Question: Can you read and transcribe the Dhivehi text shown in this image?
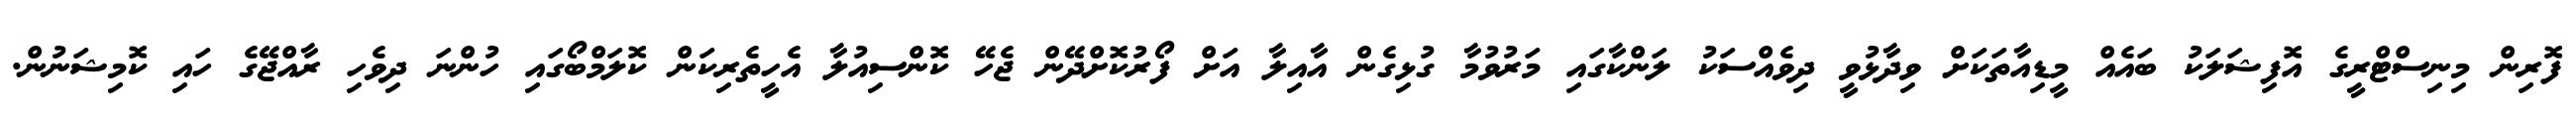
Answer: ފޮރިން މިނިސްޓްރީގެ އޮފިޝަލަކު ބައެއް މީޑިއާތަކަށް ވިދާޅުވީ ދިވެއްސަކު ލަންކާގައި މަރުވުމާ ގުޅިގެން އާއިލާ އަށް ފޯރުކޮށްދޭން ޖެހޭ ކޮންސިއުލާ އެހީތެރިކަން ކޮލަމްބޯގައި ހުންނަ ދިވެހި ރާއްޖޭގެ ހައި ކޮމިޝަނުން.